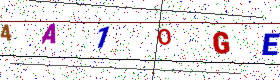
Text: 4A1OGE